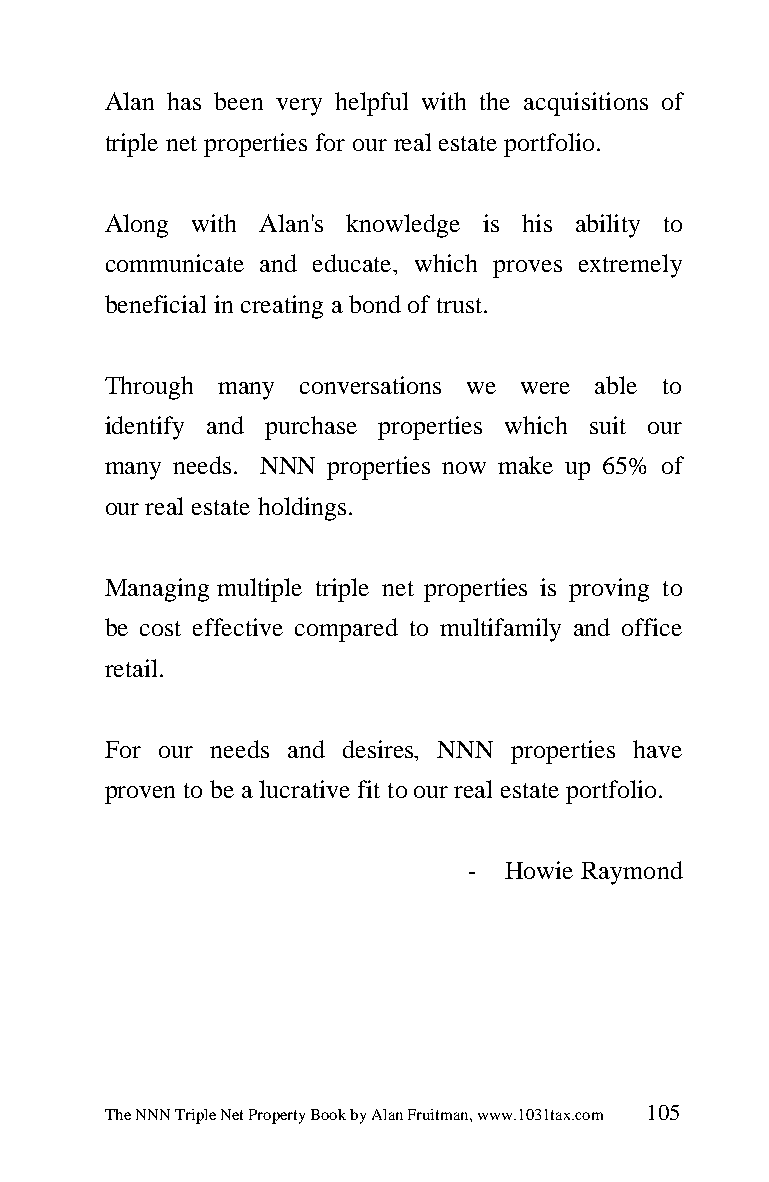
Alan has been very helpful with the acquisitions of
 triple net properties for our real estate portfolio.
 Along with Alan's knowledge is his ability to
 communicate and educate, which proves extremely
 beneficial in creating a bond of trust.
 Through many conversations we were able to
 identify and purchase properties which suit our
 many needs. NNN properties now make up 65% of
 our real estate holdings.
 Managing multiple triple net properties is proving to
 be cost effective compared to multifamily and office
 retail.
 For our needs and desires, NNN properties have
 proven to be a lucrative fit to our real estate portfolio.
 -  Howie Raymond
 The NNN Triple Net Property Book by Alan Fruitman, www.1031tax.com 105